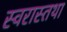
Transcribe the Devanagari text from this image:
स्वरास्तथा